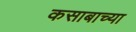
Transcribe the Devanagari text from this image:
कसाबाच्या